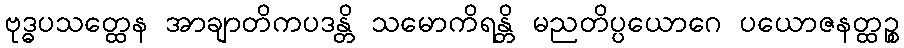
ဗုဒ္ဓပသတ္ထေန အာချာတိကပဒန္တိ သမောကိရန္တိ မညတိပ္ပယောဂေ ပယောဇနတ္ထဉ္စ